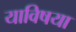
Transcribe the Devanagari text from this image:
याविषया